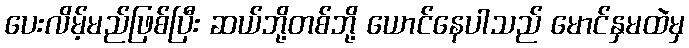
ပေးလိမ့်မည်ဖြစ်ပြီး ဆယ်ဘို့တစ်ဘို့ ယောင်နေပါသည် မောင်နှမထဲမှ